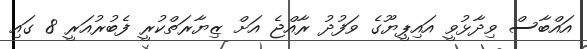
އައްބާސް ވިދާޅުވީ އައިޕީޔޫގެ ވަފުދު ރާއްޖެ އަށް ޒިޔާރަތްކުރީ ފެބުރުއަރީ 8 ގައި